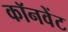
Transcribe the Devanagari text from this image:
कॉनवेंट